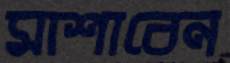
মাশাবেন